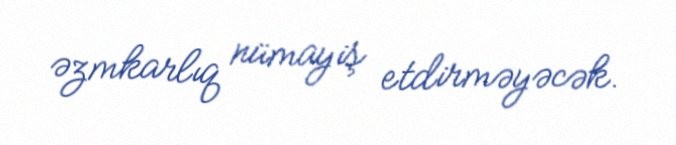
əzmkarlıq nümayiş etdirməyəcək.